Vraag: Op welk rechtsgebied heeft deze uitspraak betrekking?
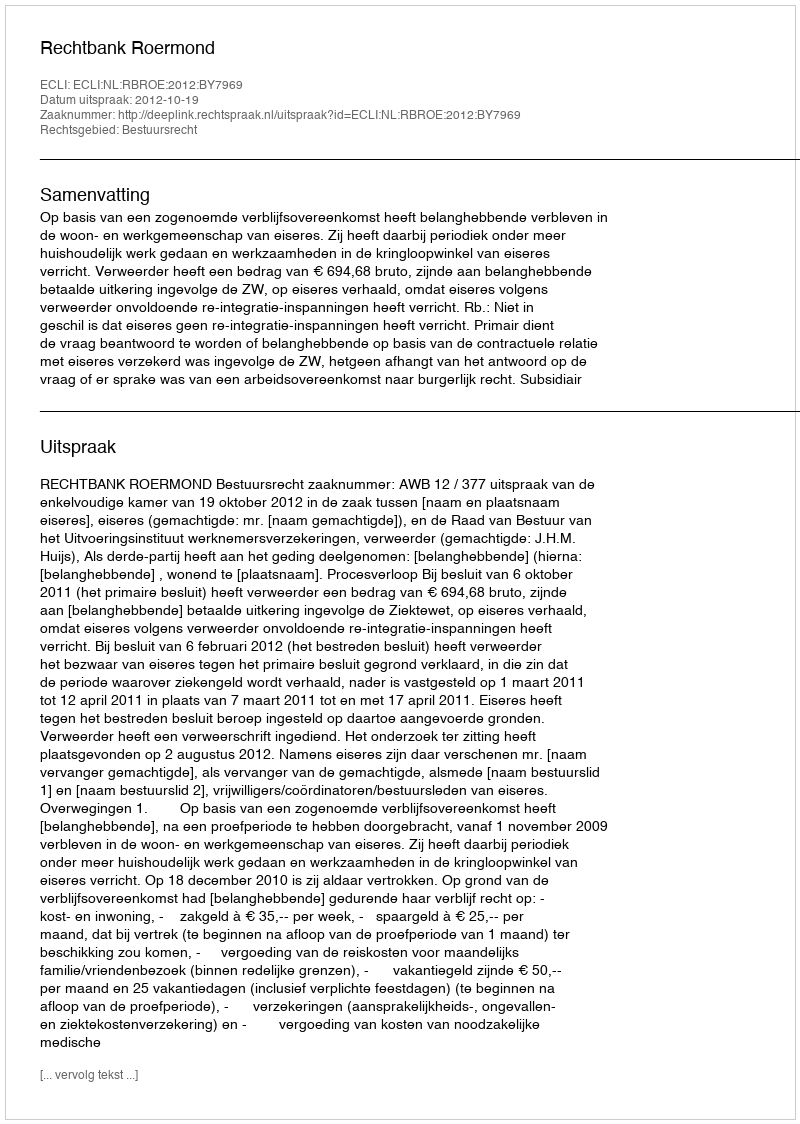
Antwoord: Bestuursrecht